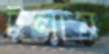
টলাম